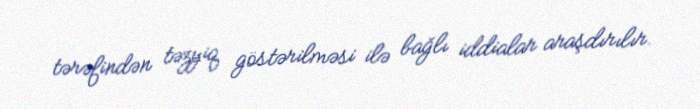
tərəfindən təzyiq göstərilməsi ilə bağlı iddialar araşdırılır.